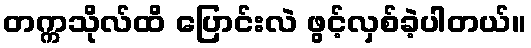
တက္ကသိုလ်ထိ ပြောင်းလဲ ဖွင့်လှစ်ခဲ့ပါတယ်။